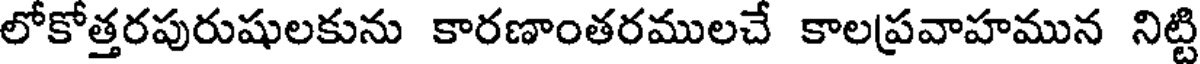
లోకోత్తరపురుషులకును కారణాంతరములచే కాలప్రవాహమున నిట్టి